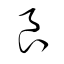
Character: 良